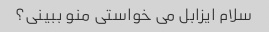
سلام ایزابل می خواستی منو ببینی؟